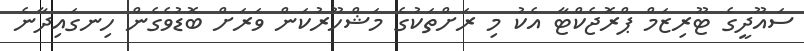
ސައޫދީގެ ޓޫރިޒަމް ޕްރޮޖެކްޓާ އެކު މި ރަށްތަކުގެ މަޝްހޫރުކަން ވަރަށް ބޮޑުވެގެން ހިނގައިދާނެ